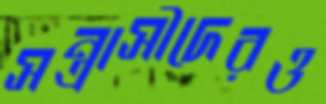
সন্ত্রাসীদেরও